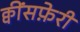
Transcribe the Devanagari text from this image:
क्वींसफ़ेरी